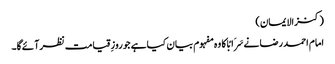
(کنزالایمان)
امام احمد رضا نےسَرَابًا کا وہ مفہوم بیان کیاہے جو روزِقیامت نظرآئےگا۔